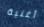
أغنية